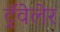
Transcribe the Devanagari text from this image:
ट्रॅवेलेर